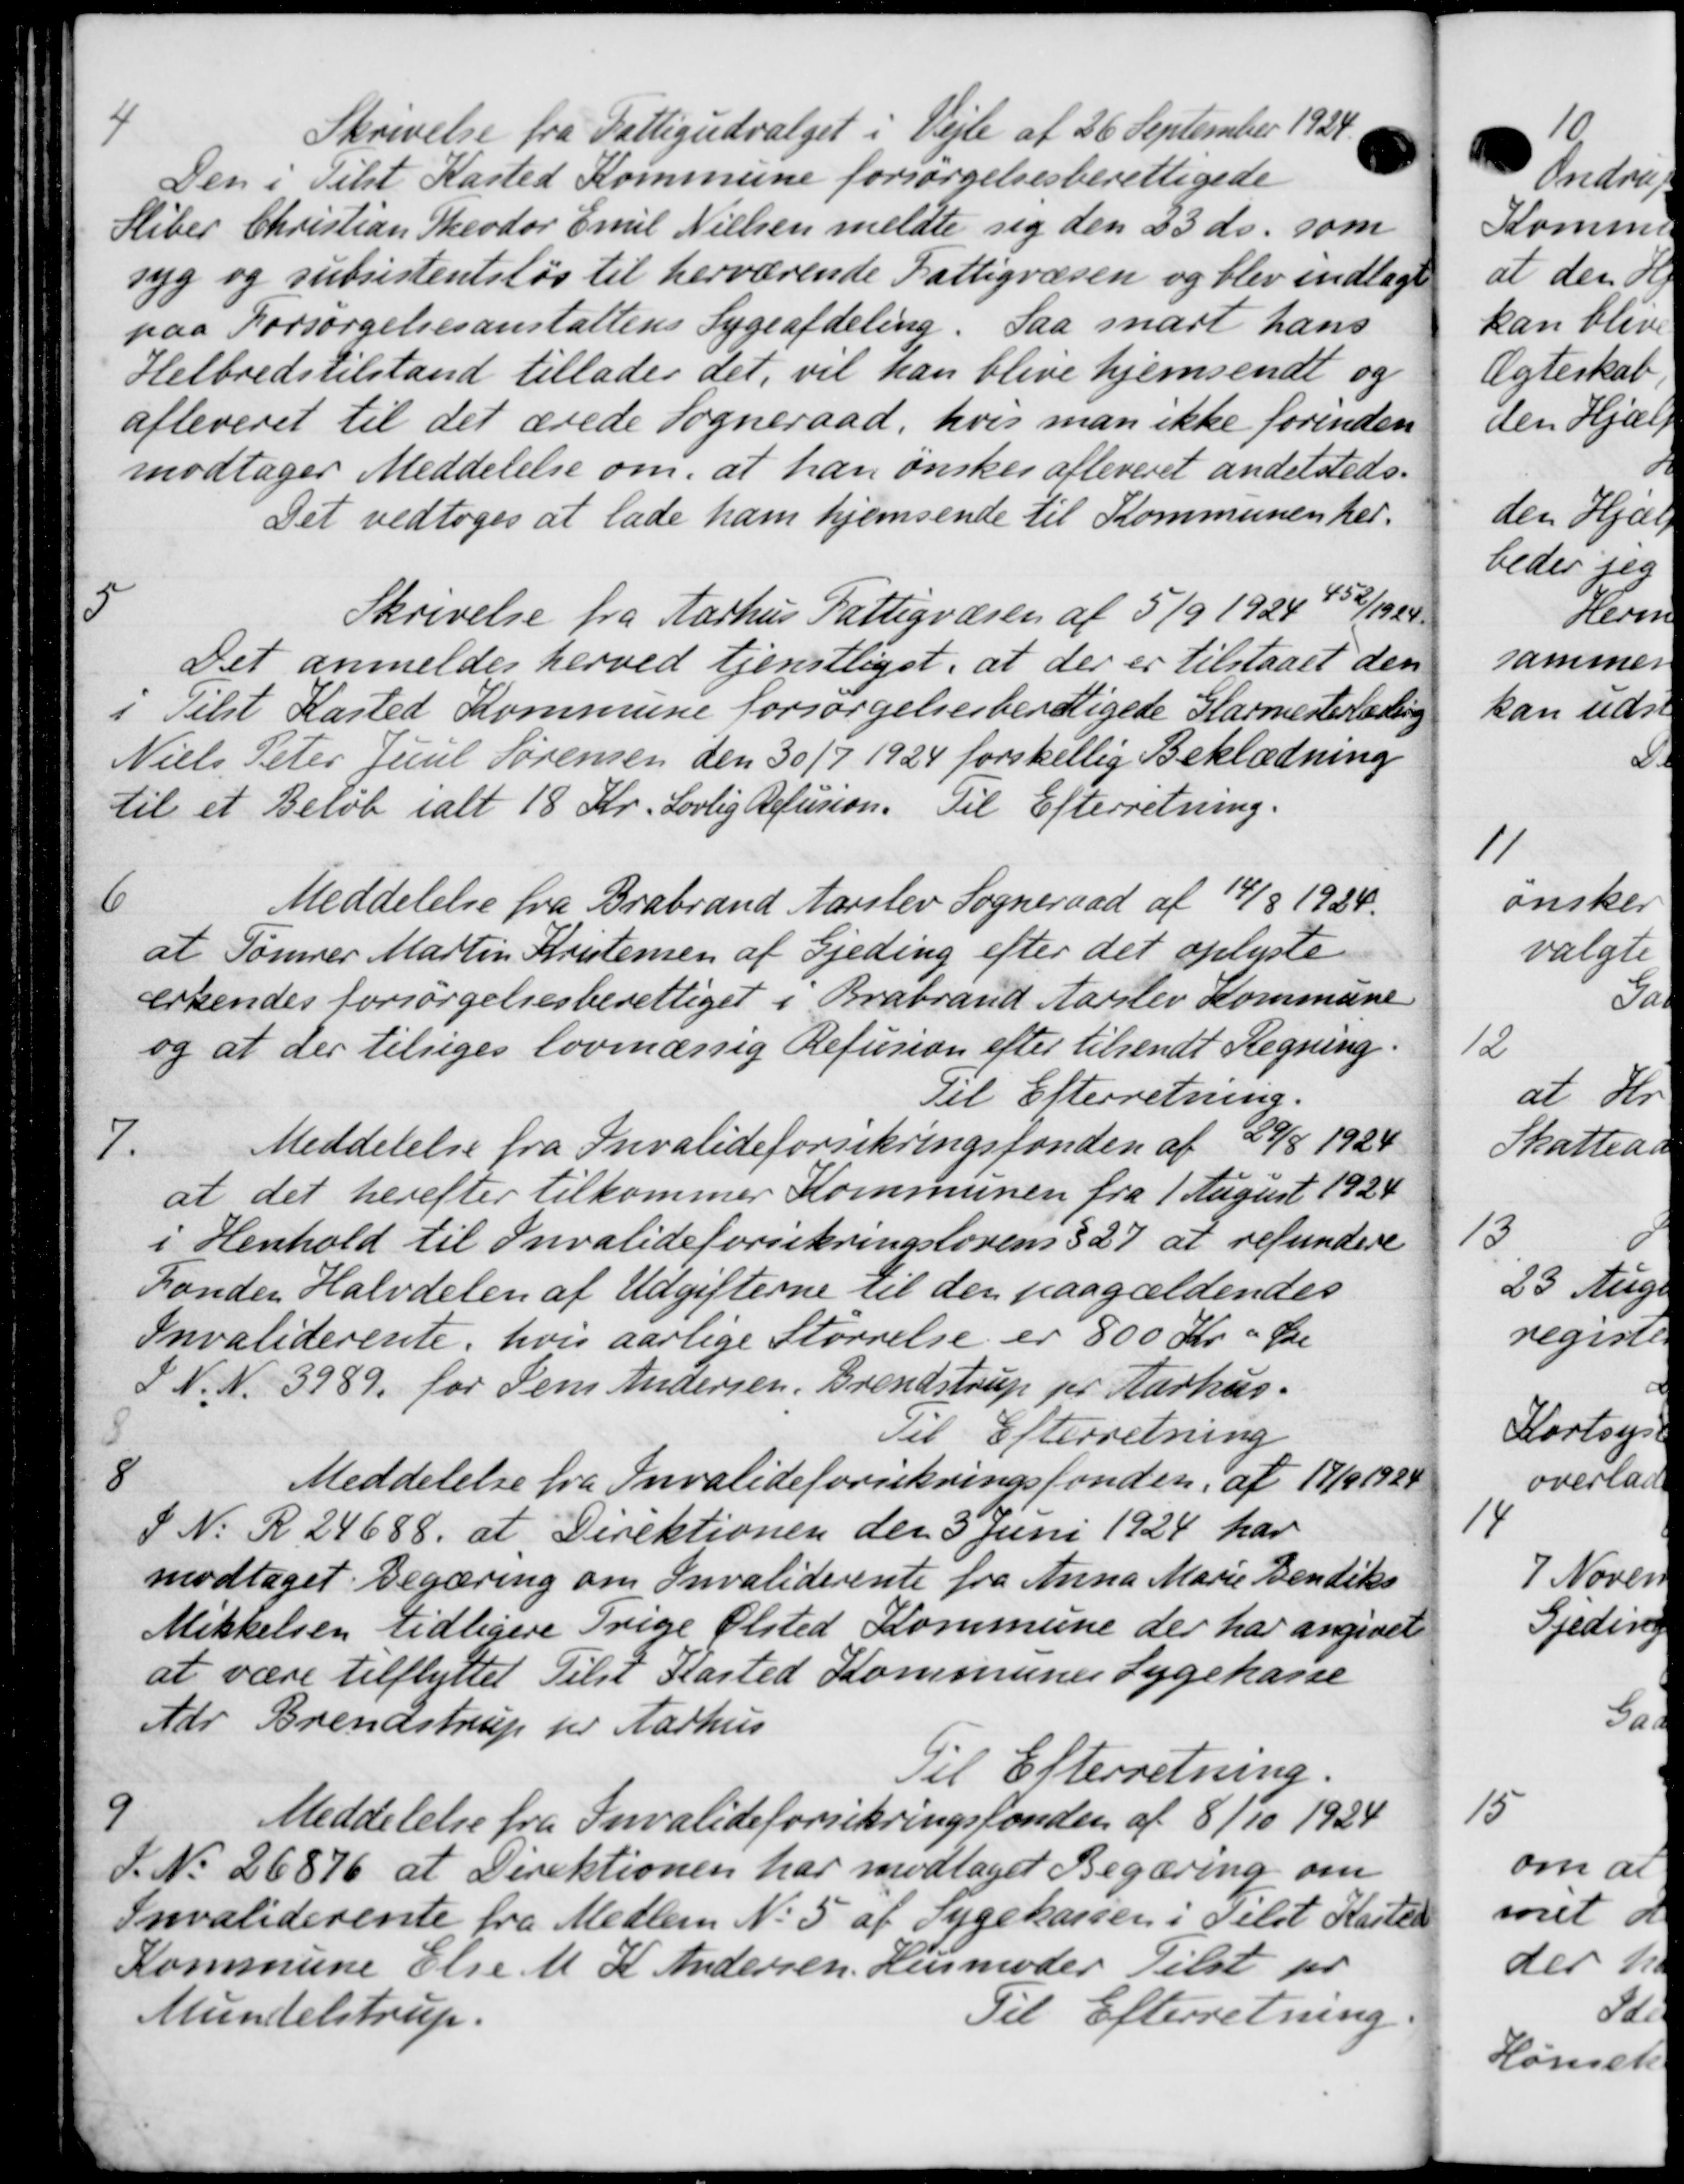
Transskription:
4
Skrivelse fra Fattigudvalget i Vejle af 26 September 1927
Den i Tilst Kasted Kommune forsørgelsesberettigede
Sliber Christian Theodor Emil Nielsen meldte sig den 23 ds. som
syg og subsistentsløs til herværende Fattigvæsen og blev indlagt
paa Forsørgelsesanstaltens Sygeafdeling. Saa snart hans
Helbredstilstand tillader det, vil han blive hjemsendt og
afleveret til det ærede Sogneraad, hvis man ikke forinden
modtager Meddelelse om, at han ønskes afleveret andelsteds-
Det vedtoges at lade ham hjemsende til Kommunen her.
5
Skrivelse fra Aarhus Fattigvæsen af 5/9 1924 452/1929.
Det anmeldes herved tjenstligst, at der er tilstaaet den
i Tilst Kasted Kommune forsørgelsesberettigede Glarmesterlæring
Niels Peter Juul Sørensen den 30/7 1924 forskellig Beklædning
til et Beløb ialt 18 Kr. Lovlig Refusion. Til Efterretning.
6
Meddelelse fra Brabrand Aarslev Sogneraad af 14/8 1924.
at Tømrer Martin Kristensen af Gjeding efter det oplyste
erkendes forsørgelsesberettiget i Brabrand Aarslev Kommune
og at der tilsiges lovmæssig Refusion efter tilsendt Regning.
Til Efterretning.
7.
Meddelelse fra Invalideforsikringsfonden af 29/8 1924
at det herefter tilkommer Kommunen fra 1 August 1924
i Henhold til Invalideforsikringslovens § 27 at refundere
Fonden Halvdelen af Udgifterne til den paagældendes
Invaliderente, hvis aarlige Størrelse er 800 Kr - Øre
S N. N. 3989 for Jens Andersen, Brendstrup for Aarhus.
Til Efterretning
8
Meddelelse fra Invalideforsikringsfonden af 19/9 1928
S N. R. 24688, at Direktionen den 3 Juni 1924 har
modtaget Begæring om Invaliderente fra Anna Marie Bendiks
Mikkelsen tidligere Trige Ølsted Kommune der har angivet
at være tilflyttet Tilst Kasted Kommunes Sygekasse
Adr Brendstrup pr Aarhus
Til Efterretning.
9
Meddelelse fra Invalideforsikringsfonden af 8/10 1924
d. N. 26876 at Direktionen har modtaget Begæring om
Invaliderente fra Medlem No 5 af Sygekassen i Selst Karten
Kommune Else M. K. Andersen. Husmoder Tilst pr
Mundelstrup.
Til Efterretning